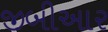
જીબીઆર